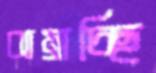
ঝাম্‌রাচ্ছি